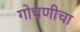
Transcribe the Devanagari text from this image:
गोधणीचा